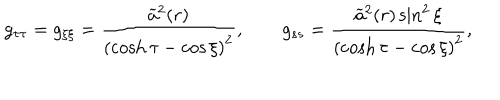
g _ { \tau \tau } = g _ { \xi \xi } = \frac { \widetilde { a } ^ { 2 } ( r ) } { \left( \cosh \tau - \cos \xi \right) ^ { 2 } } , \qquad g _ { s s } = \frac { \widetilde { a } ^ { 2 } ( r ) \sin ^ { 2 } \xi } { \left( \cosh \tau - \cos \xi \right) ^ { 2 } } ,